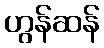
ဟွန်ဆန်